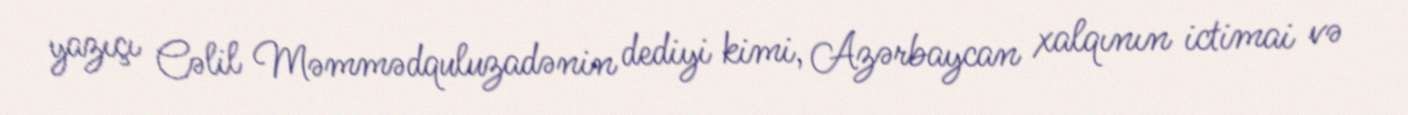
yazıçı Cəlil Məmmədquluzadənin dediyi kimi, Azərbaycan xalqının ictimai və